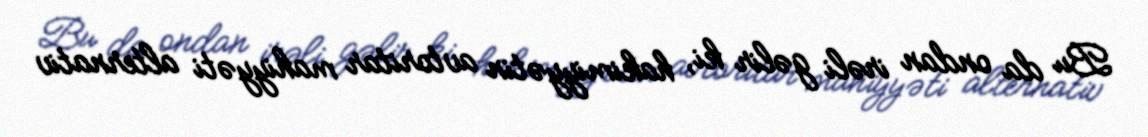
Bu da ondan irəli gəlir ki, hakimiyyətin avtoritar mahiyyəti alternativ